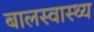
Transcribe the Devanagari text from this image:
बालस्वास्थ्य